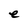
Character: e